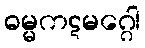
ဓမ္မကဋမဂ္ဂေါ